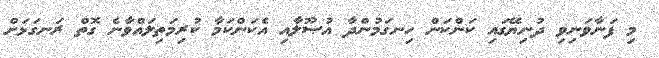
މި ފަނާވަނިވި ދުނިޔޭގައި ކަންކަން ހިނގަމުންދާ އުޞޫލާއި އެކަންކަމާ ކުރިމަތިލައްވާނެ ގޮތް ރަނގަޅަށް